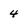
Character: 4